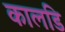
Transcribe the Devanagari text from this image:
कालडि